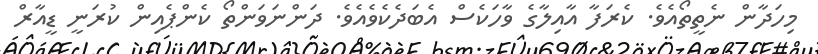
މިހަދާން ނެތީތޯއެވެ. ކެރަފާ އާއިލާގެ ވާހަކެސް އެބަދެކެވެއެވެ. ދަންނަވަންތޯ ކެންޕެއިން ކުރަނީ ޑީއާރް